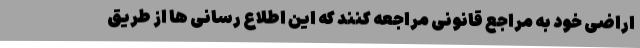
اراضی خود به مراجع قانونی مراجعه کنند که این اطلاع رسانی ها از طریق